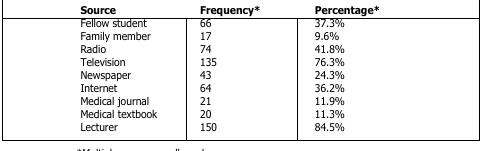
| Source | Frequency* | Percentage* |
 | --- | --- | --- |
 | Fellow student | 66 | 37.3% |
 | Family member | 17 | 9.6% |
 | Radio | 74 | 41.8% |
 | Television | 135 | 76.3% |
 | Newspaper | 43 | 24.3% |
 | Internet | 64 | 36.2% |
 | Medical journal | 21 | 11.9% |
 | Medical textbook | 20 | 11.3% |
 | Lecturer | 150 | 84.5% |